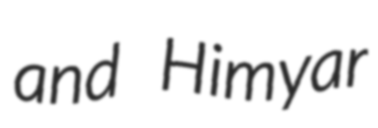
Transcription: and Himyar